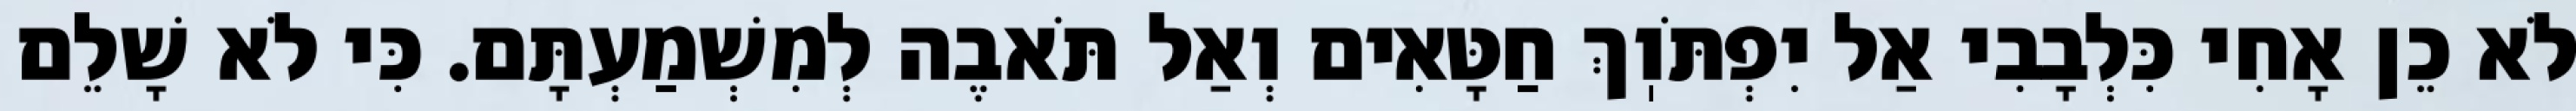
לֹא כֵן אָחִי כִּלְבָבִי אַל יִפְתֹּוֽךְ חַטָּאִים וְאַל תֹּאבֶה לְמִשְׁמַעְתָּם. כִּי לֹא שָׁלֵם